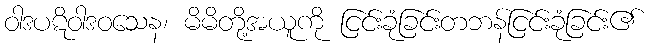
ဝါဒပဋိဝါဒဝသေန၊ မိမိတို့အယူကို ငြင်းခုံခြင်းတဘန်ငြင်းခုံခြင်း၏